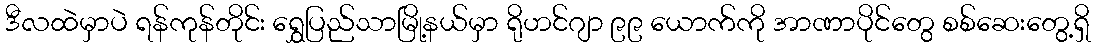
ဒီလထဲမှာပဲ ရန်ကုန်တိုင်း ရွှေပြည်သာမြို့နယ်မှာ ရိုဟင်ဂျာ ၉၉ ယောက်ကို အာဏာပိုင်တွေ စစ်ဆေးတွေ့ရှိ